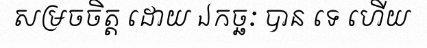
សម្រចចិត្ត ដោយ ឯកច្ឆៈ បាន ទេ ហើយ